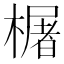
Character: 𬄫